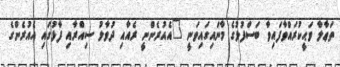
ތަޢާލާ ވަޙީކުރައްވާފައިވާ ބަސްފުޅުގެ މާނައިގައިވަނީ "އެއުރެންނީ ރެއާއި ދުވާލު ސިއްރާއި ފާޅުގައި އެއުރެންގެ